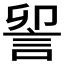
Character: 𮘃